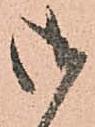
御